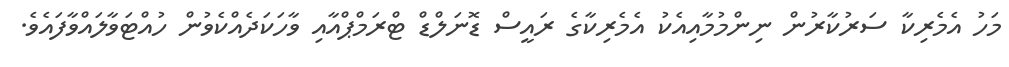
މަހު އެމެރިކާ ސަރުކާރުން ނިންމުމާއިއެކު އެމެރިކާގެ ރައީސް ޑޮނަލްޑް ޓްރަމްޕްއާއި ވާހަކަދެއްކެވުން ހުއްޓަވާލައްވާފައެވެ.